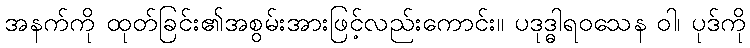
အနက်ကို ထုတ်ခြင်း၏အစွမ်းအားဖြင့်လည်းကောင်း။ ပဒုဒ္ဓါရဝသေန ဝါ၊ ပုဒ်ကို